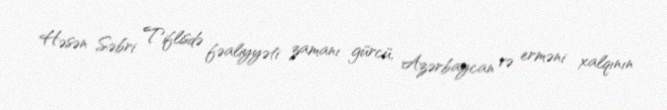
Həsən Səbri Tiflisdə fəaliyyəti zamanı gürcü, Azərbaycan və erməni xalqının